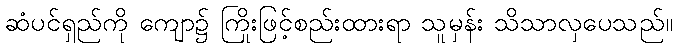
ဆံပင်ရှည်ကို ကျော၌ ကြိုးဖြင့်စည်းထားရာ သူမှန်း သိသာလှပေသည်။